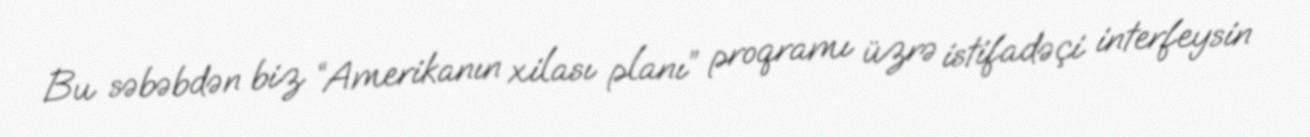
Bu səbəbdən biz “Amerikanın xilası planı” proqramı üzrə istifadəçi interfeysin